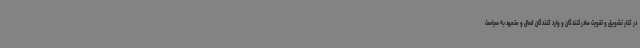
در کنار تشویق و تقویت صادرکنندگان و وارد کنندگان فعال و متعهد به سیاست